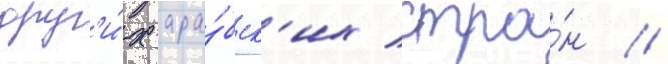
друг'и́х ара́бск'их стра́н //